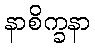
နာစိက္ခနာ